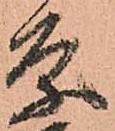
条